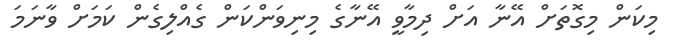
މިކަން މިގޮތަށް އޭނާ އަށް ދިމާވީ އޭނާގެ މިނިވަންކަން ގެއްލިގެން ކަމަށް ވާނަމަ